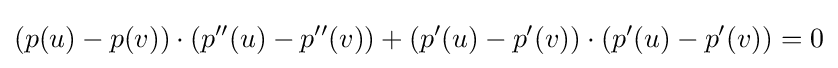
(p(u)-p(v))\cdot (p''(u)-p''(v))+(p'(u)-p'(v))\cdot (p'(u)-p'(v))=0